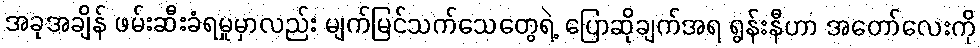
အခုအချိန် ဖမ်းဆီးခံရမှုမှာလည်း မျက်မြင်သက်သေတွေရဲ့ ပြောဆိုချက်အရ ရွန်းနီဟာ အတော်လေးကို